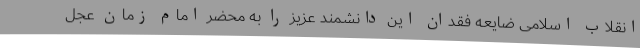
انقلاب اسلامی ضایعه فقدان این دانشمند عزیز را به محضر امام زمان عجل